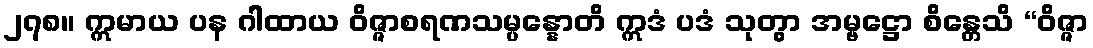
၂၇၈။ ဣမာယ ပန ဂါထာယ ဝိဇ္ဇာစရဏသမ္ပန္နောတိ ဣဒံ ပဒံ သုတွာ အမ္ဗဋ္ဌော စိန္တေသိ “ဝိဇ္ဇာ